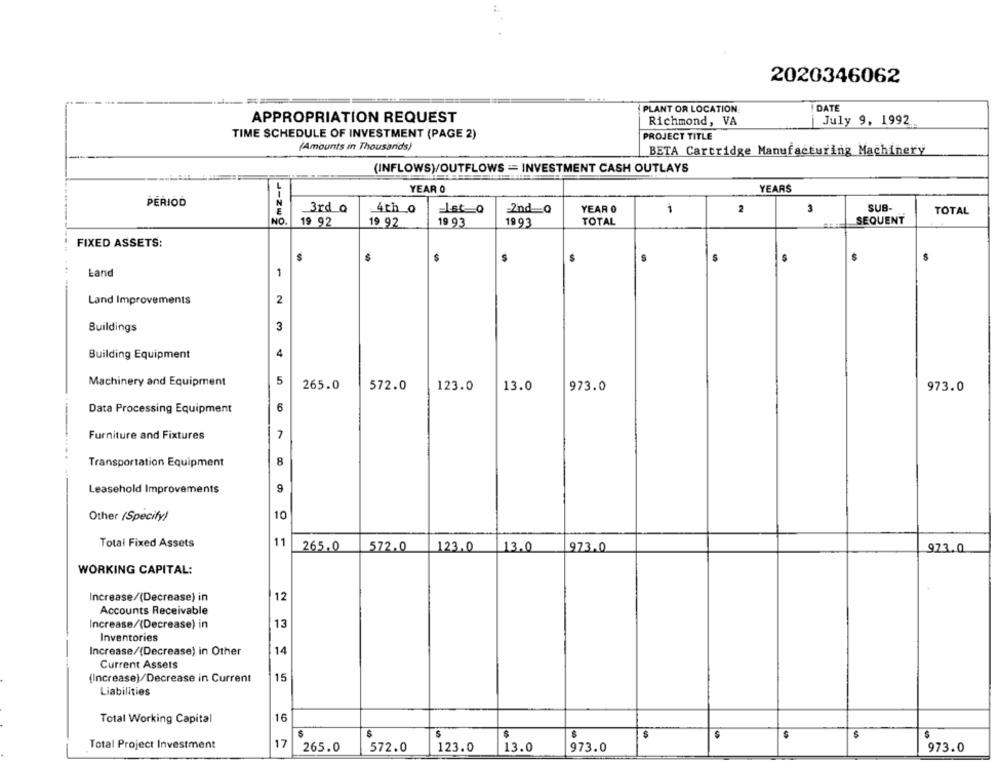
2020346062
PLANT OR LOCATION
DATE
APPROPRIATION REQUEST
Richmond, VA
July 9, 1992
TIME SCHEDULE OF INVESTMENT (PAGE 2)
PROJECT TITLE
(Amounts in Thousands)
BETA Cartridge Manufacturing Machinery
(INFLOWS)/OUTFLOWS == INVESTMENT CASH OUTLAYS
YEAR O
YEARS
PERIOD
3
SUB-
E
J-ZW
3rd Q
4th 0
Lat_o
2nd 0
YEAR O
-
2
TOTAL
NO
19 92
19 93
TOTAL
SEQUENT
19 92
19 93
FIXED ASSETS:
S
$
$
$
S
Land
1
Land Improvements
2
Buildings
3
Building Equipment
4
Machinery and Equipment
5
265.0
572.0
123.0
13.0
973.0
973.0
Data Processing Equipment
6
Furniture and Fixtures
Transportation Equipment
8
Leasehold Improvements
9
Other (Specify)
10
11
Total Fixed Assets
265.0
572.0
123.0
13.0
973.0
973.0
WORKING CAPITAL:
12
Increase/(Decrease) in
Accounts Receivable
Increase/(Decrease) in
13
Inventories
Increase/(Decrease) in Other
14
Current Assets
(Increase)/Decrease in Current
15
Liabilities
Total Working Capital
16
S
$
$
$
Total Project Investment
17
265.0
572.0
123.0
13.0
973.0
973.0